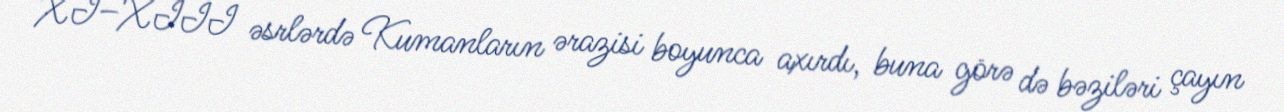
XI–XIII əsrlərdə Kumanların ərazisi boyunca axırdı, buna görə də bəziləri çayın